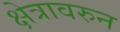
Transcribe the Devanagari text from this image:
क्षेत्रावरुन